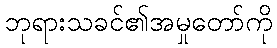
ဘုရားသခင်၏အမှုတော်ကို